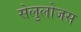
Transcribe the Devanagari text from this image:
सेलुलोजस